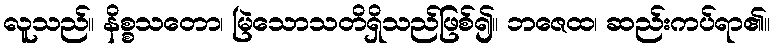
လူသည်။ နိစ္စသတော၊ မြဲသောသတိရှိသည်ဖြစ်၍။ ဘဇေထ၊ ဆည်းကပ်ရာ၏။